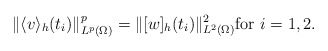
\begin{align*}\|\langle v \rangle_h(t_i)\|_{L^p(\Omega)}^p=\|[w]_h(t_i)\|_{L^2(\Omega)}^2 \textrm{for} \,\, i=1,2.\end{align*}